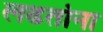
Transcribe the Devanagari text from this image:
लढतांना